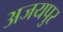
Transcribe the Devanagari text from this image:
अजयपुर